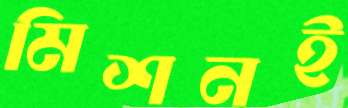
মিশনই